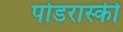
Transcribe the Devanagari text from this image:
पोडरास्की